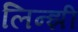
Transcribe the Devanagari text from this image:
लिन्झी